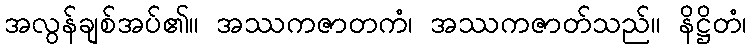
အလွန်ချစ်အပ်၏။ အဿကဇာတကံ၊ အဿကဇာတ်သည်။ နိဋ္ဌိတံ၊